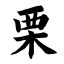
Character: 栗